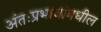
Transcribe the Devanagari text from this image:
अंतःप्रभावांमधील